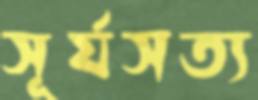
সূর্যসত্য